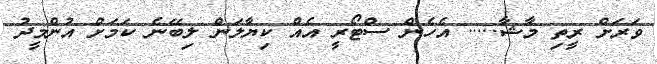
ވަރަށް ރީތި މާޝާ..... އެހެން ސްޓޯރީ އެއް ކިޔާލަން ލިބޭނެ ކަމަށް އުންމީދު